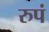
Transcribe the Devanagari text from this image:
रुपं